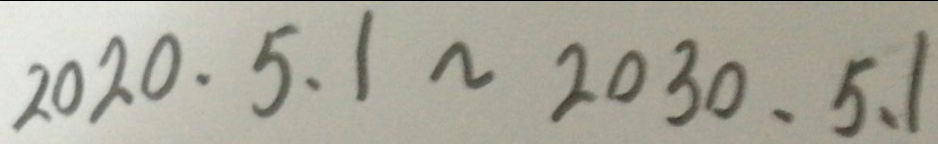
2 0 2 0 . 5 . 1 \sim 2 0 3 0 . 5 . 1